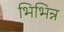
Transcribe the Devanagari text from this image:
भिभिन्न